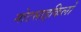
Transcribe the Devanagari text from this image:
मोटसाइकिलों